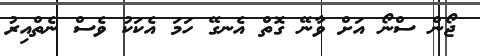
ޖޯން ސްނޯ އަށް ވާނޭ ގޮތް އެނގޭ ހަމަ އެކަކު ވެސް ނެތްއިރު